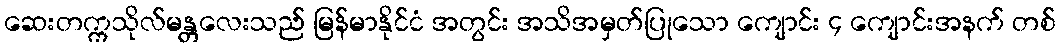
ဆေးတက္ကသိုလ်မန္တလေးသည် မြန်မာနိုင်ငံ အတွင်း အသိအမှတ်ပြုသော ကျောင်း ၄ ကျောင်းအနက် တစ်